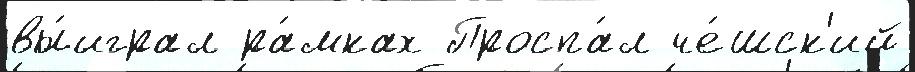
вы́играл ра́мках Проспа́л че́шск'ий